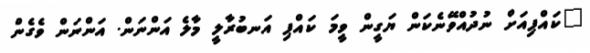
"ކައްޕިއަށް ނުދުއްވޭނެކަން ޔަގީން ވީމަ ކައްޕި އަނބުރާލީ މާލެ އަންނަން. އަންނަން ވެގެން